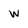
Character: w